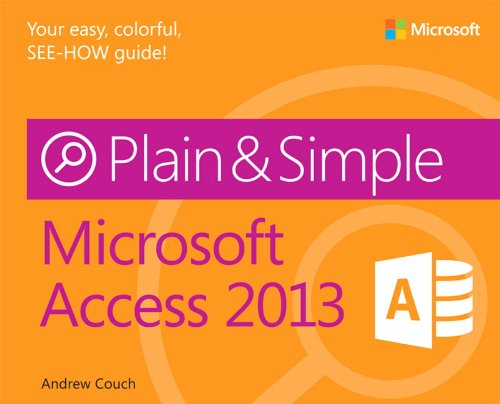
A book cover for Microsoft Access 2013 Plain & Simple; Andrew Couch; Computers & Technology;